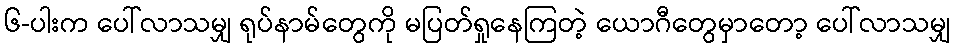
၆-ပါးက ပေါ်လာသမျှ ရုပ်နာမ်တွေကို မပြတ်ရှုနေကြတဲ့ ယောဂီတွေမှာတော့ ပေါ်လာသမျှ